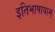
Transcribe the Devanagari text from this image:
इतिभाषायाम्‌